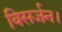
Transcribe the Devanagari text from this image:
विसर्जन।